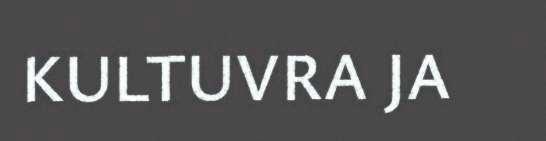
KULTUVRA JA